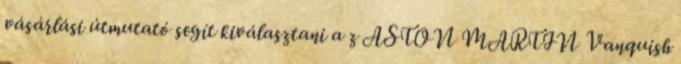
vásárlási útmutató segít kiválasztani a z ASTON MARTIN Vanquish